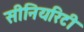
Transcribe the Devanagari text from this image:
सीनियरिटी